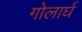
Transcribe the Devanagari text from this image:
गोलार्घ